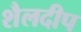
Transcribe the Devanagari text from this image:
शैलदीप